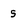
Character: s